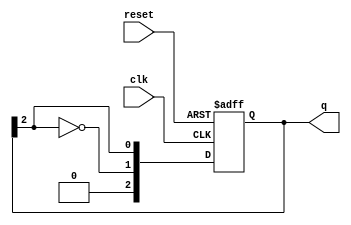
module JohnsonCounter #(parameter N = 3) (
    input wire clk,          // Clock signal
    input wire reset,        // Asynchronous reset signal
    output reg [N-1:0] q     // Counter output
);

    // Always block to define the behavior of the counter
    always @(posedge clk or posedge reset) begin
        if (reset) begin
            // Reset the counter to 0
            q <= 0;
        end else begin
            // Shift operation with feedback
            q <= {~q[N-1], q[N-1:N-1]}; // Shift and feedback inverted last FF output to first
        end
    end

endmodule